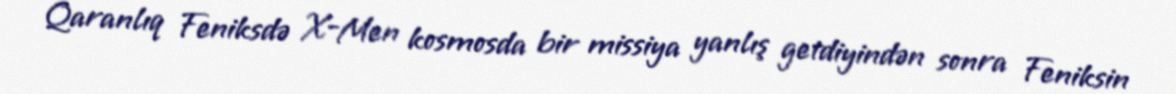
Qaranlıq Feniksdə X-Men kosmosda bir missiya yanlış getdiyindən sonra Feniksin